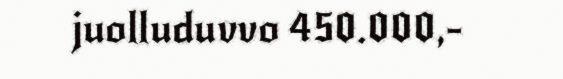
juolluduvvo 450.000,-